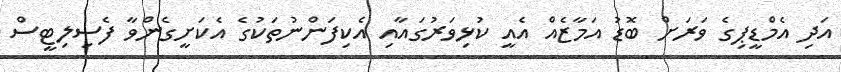
އަދި އެމްޑީޕިގެ ވަރަށް ބޮޑު އަމާޒެއް އެއީ ކުޅިވަރުގައާއި އެކިފަންނުތަކުގެ އެކަށީގެންވާ ފެސިލިޓީސް